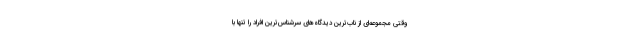
وقتی مجموعه‌ای از ناب‌ترین دیدگاه‌های سرشناس‌ترین افراد را تنها با